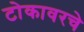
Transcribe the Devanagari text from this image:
टोकावरचे